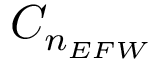
C _ { n _ { E F W } }